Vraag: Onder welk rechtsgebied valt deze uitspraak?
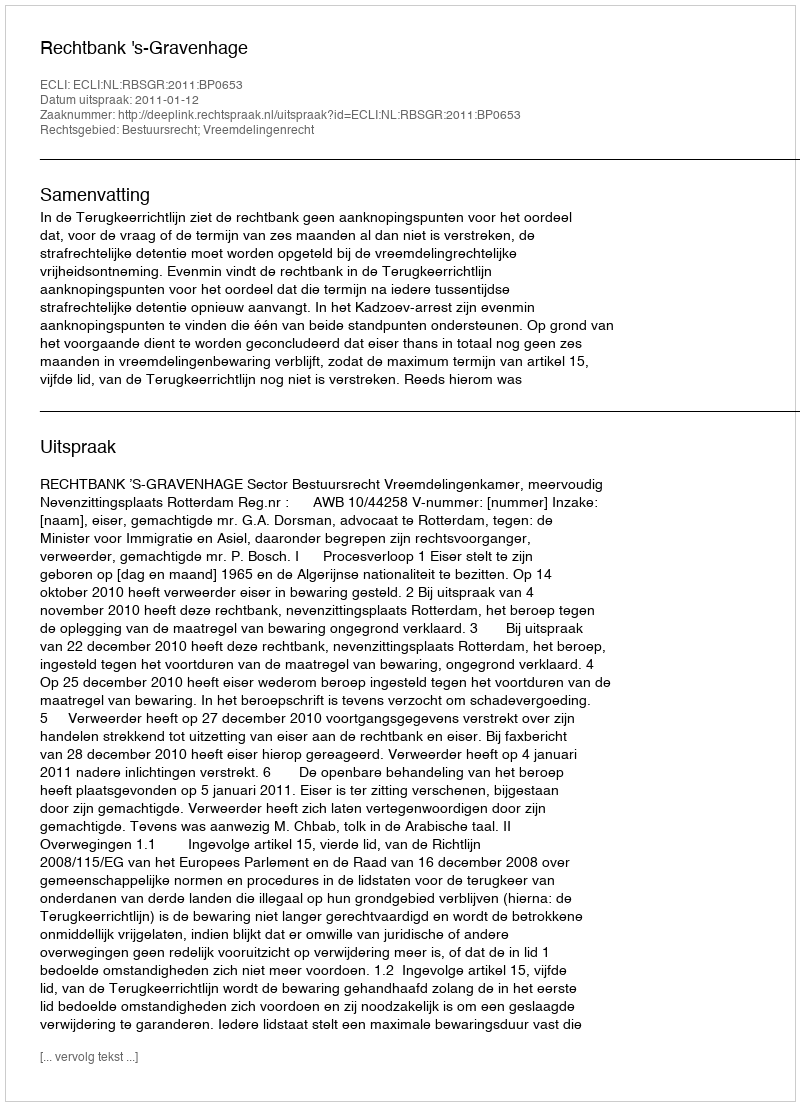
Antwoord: Bestuursrecht; Vreemdelingenrecht